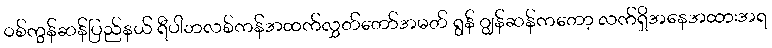
ဝစ်ကွန်ဆန်ပြည်နယ် ရီပါဘလစ်ကန်အထက်လွှတ်တော်အမတ် ရွန် ဂျွန်ဆန်ကတော့ လက်ရှိအနေအထားအရ